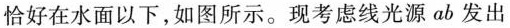
恰好在水面以下，如图所示。现考虑线光源ab发出